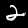
Label: 2